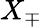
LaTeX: X_{\mp}